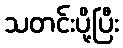
သတင်းပို့ပြီး